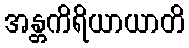
အန္တကိရိယာယာတိ